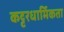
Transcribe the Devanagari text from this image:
कट्टरधार्मिकता